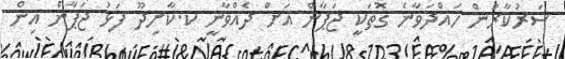
ސަރުކާރުން ހައްދަވާނެ ގޮތަކީ ޖަޕާން އަށް ދެއްވާނީ ކ.ކާށިދޫ ފަޅު ޖަޕާން އިން